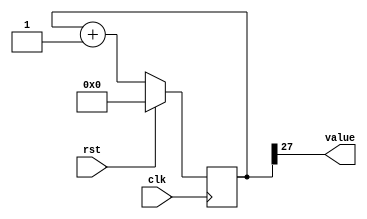
module counter_20 (
    input clk,
    input rst,
    output reg [0:0] value
  );
  
  localparam SIZE = 1'h1;
  localparam DIV = 5'h1b;
  localparam TOP = 1'h0;
  localparam UP = 1'h1;
  
  
  reg [27:0] M_ctr_d, M_ctr_q = 1'h0;
  
  localparam MAX_VALUE = 28'h7ffffff;
  
  always @* begin
    M_ctr_d = M_ctr_q;
    
    value = M_ctr_q[27+0-:1];
    if (1'h1) begin
      M_ctr_d = M_ctr_q + 1'h1;
      if (1'h0 && M_ctr_q == 28'h7ffffff) begin
        M_ctr_d = 1'h0;
      end
    end else begin
      M_ctr_d = M_ctr_q - 1'h1;
      if (1'h0 && M_ctr_q == 1'h0) begin
        M_ctr_d = 28'h7ffffff;
      end
    end
  end
  
  always @(posedge clk) begin
    if (rst == 1'b1) begin
      M_ctr_q <= 1'h0;
    end else begin
      M_ctr_q <= M_ctr_d;
    end
  end
  
endmodule